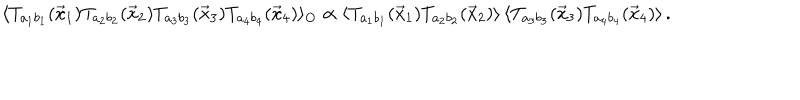
LaTeX: \langle T _ { a _ { 1 } b _ { 1 } } ( { \vec { x } } _ { 1 } ) T _ { a _ { 2 } b _ { 2 } } ( { \vec { x } } _ { 2 } ) T _ { a _ { 3 } b _ { 3 } } ( { \vec { x } } _ { 3 } ) T _ { a _ { 4 } b _ { 4 } } ( { \vec { x } } _ { 4 } ) \rangle _ { O } \propto \langle T _ { a _ { 1 } b _ { 1 } } ( { \vec { x } } _ { 1 } ) T _ { a _ { 2 } b _ { 2 } } ( { \vec { x } } _ { 2 } ) \rangle \, \langle T _ { a _ { 3 } b _ { 3 } } ( { \vec { x } } _ { 3 } ) T _ { a _ { 4 } b _ { 4 } } ( { \vec { x } } _ { 4 } ) \rangle \, .